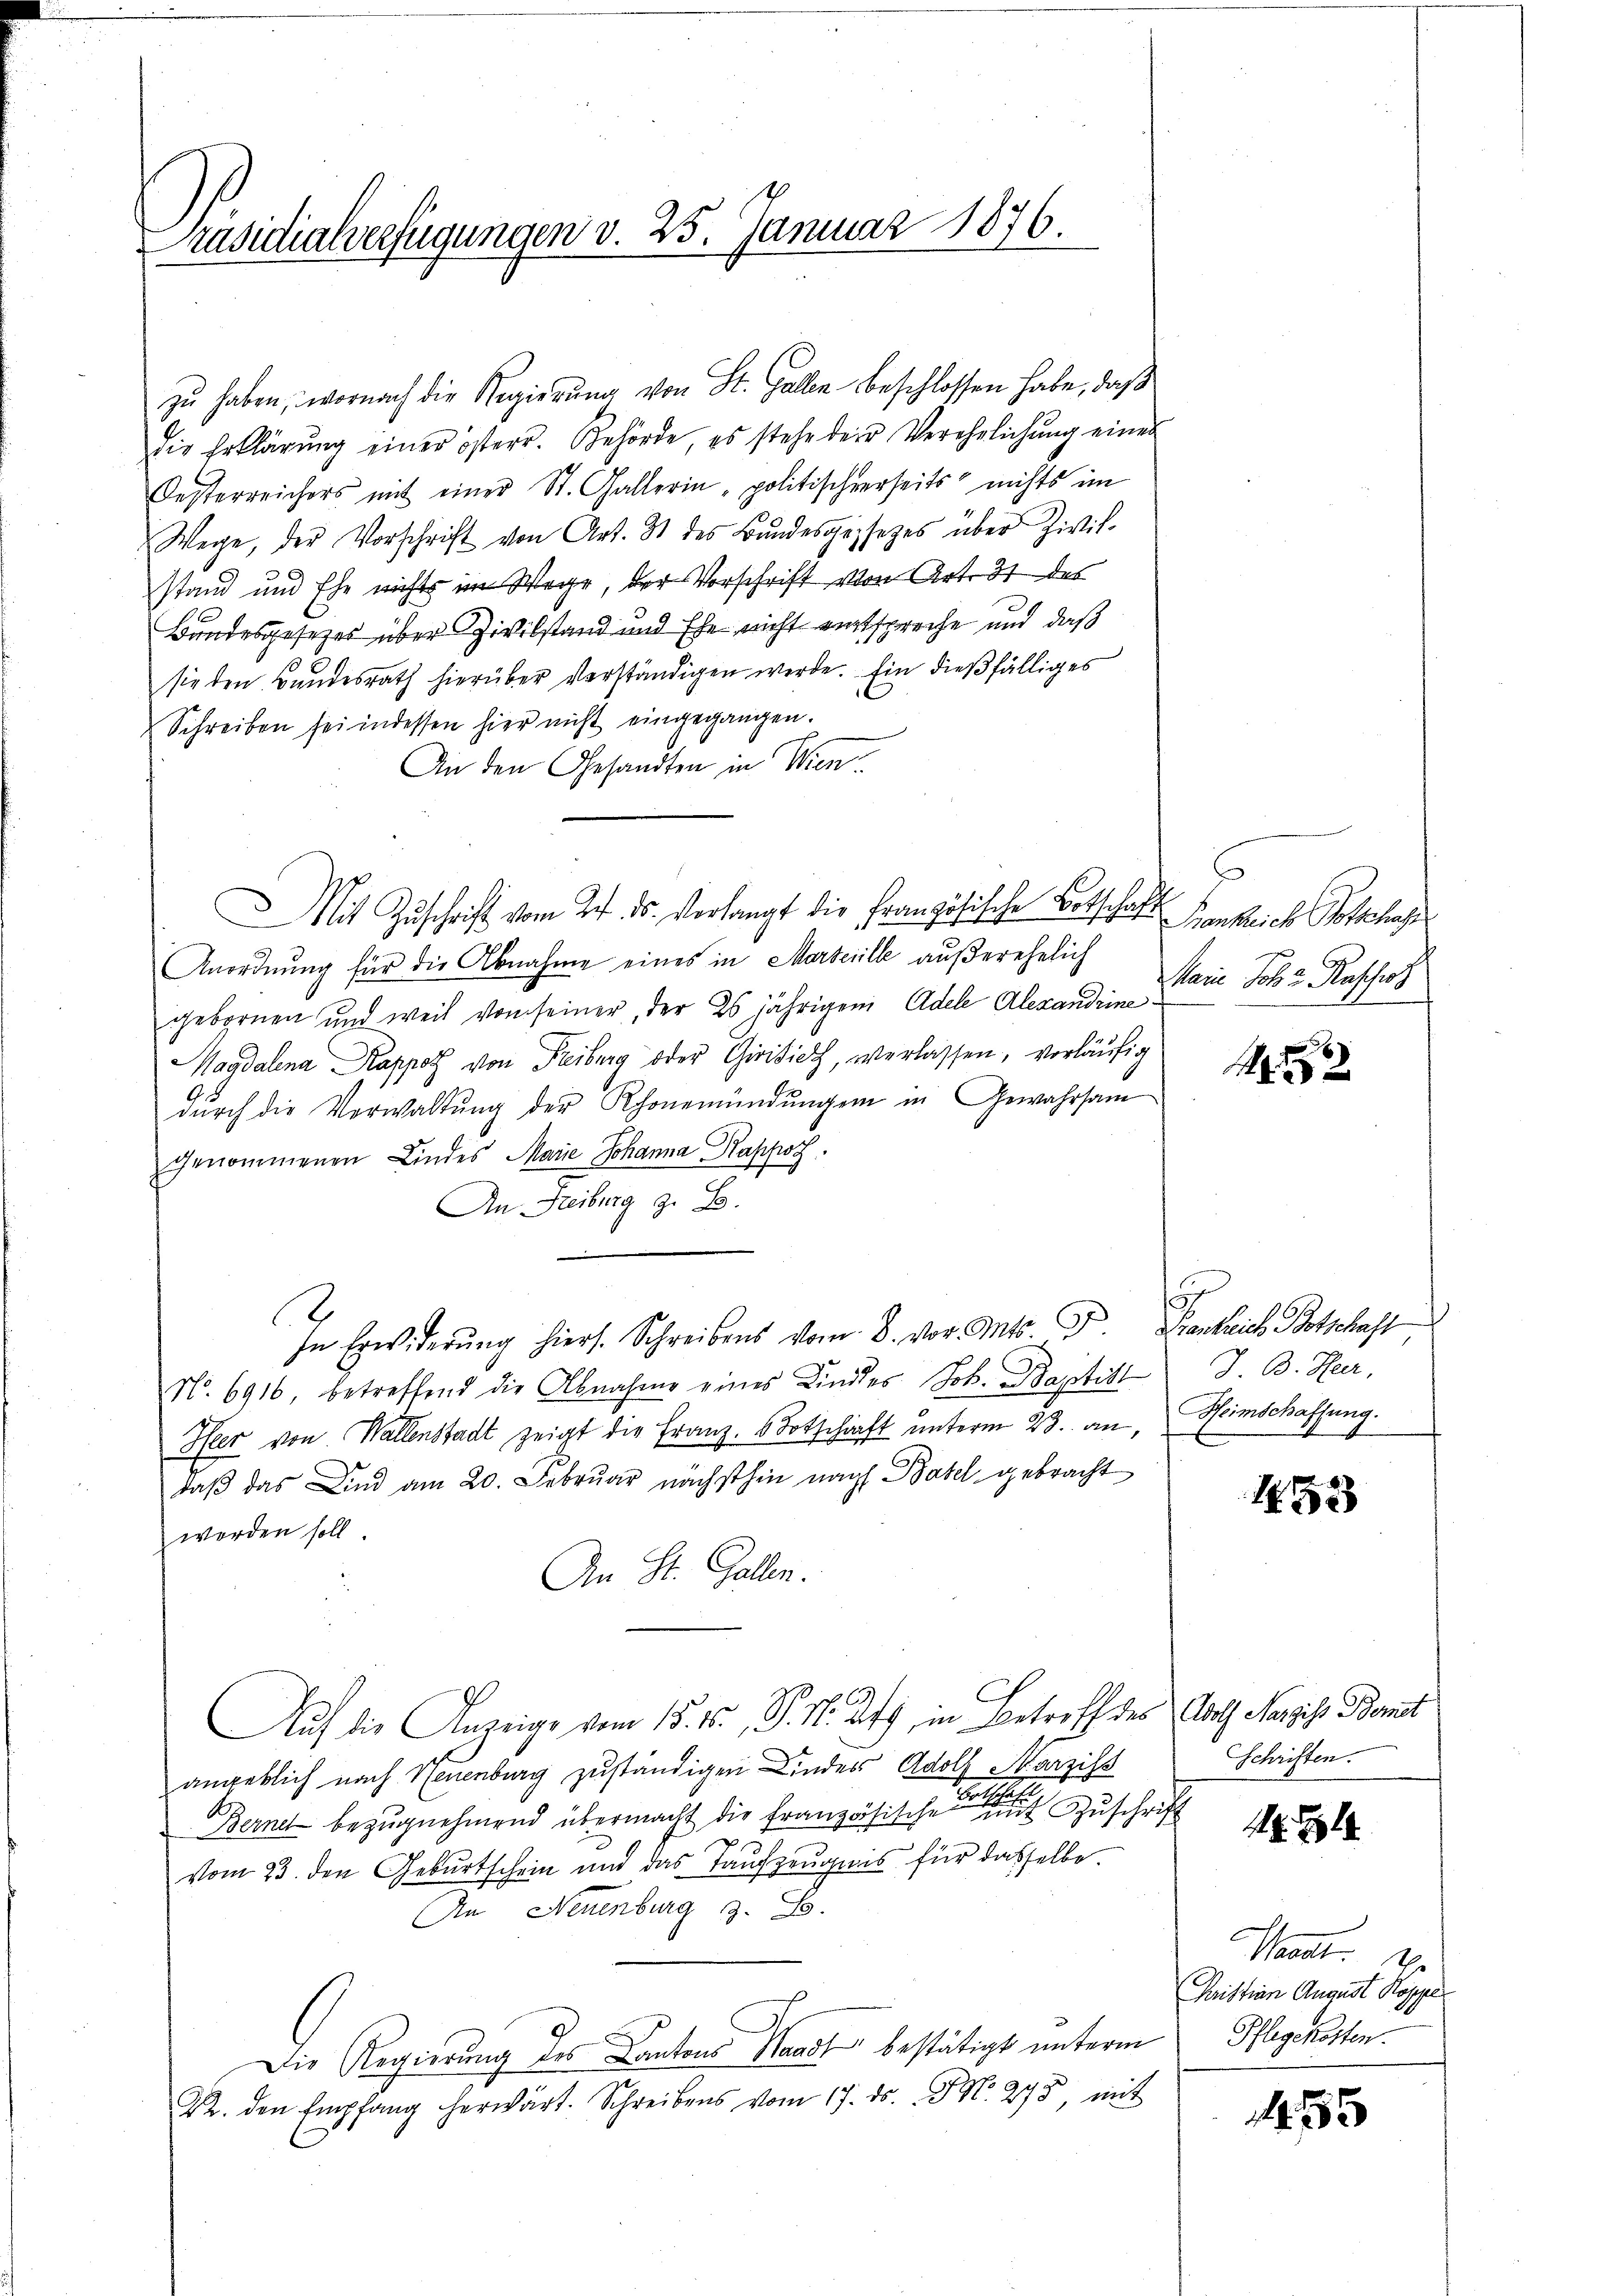
Präsidialverfügungen v. 25. Januar 1876.

zu haben, wornach die Regierung von St. Gallen beschlossen habe, daß
die Erklärung einer österr. Behörde, es stehe der Verehelichung einer
Oesterreichers mit einer St. Gallerin-politischerseits nichts im
Wege, der Vorschrift von Art. 8 des Bundesgesezes über Zivil-
stand und Ehe nichts im Wege, der Vorschrift von Art. 31 des
Bundesgesetzes über Zivilstand und Ehe nicht entspreche und daß
sie den Bundesrath hierüber verständigen werde. Ein dießfälliges
Schreiben sei indessen hier nicht eingegangen.
An den Gesandten in Wien
Mit Zŭschrift vom 24. ds. verlangt die Französische Botschaft
Anordnung für die Abnahme eines in Marsenille außerehelich
gebornen und weil von seiner, der 25 jährigem Adele Alexandrine
Magdalena Kappot von Freiburg oder Giridich, verlassen, vorläufig
dŭrch die Verwaltŭng der Rhonemündŭngen in Gewahrsam
genommenen Lindes Marie Johanna Kappos.
An Freiburg z. B.
In Erwiderŭng hiers. Schreibens vom 8. vor. Mts. Z. Gantriebe Botschaft
No. 6916, betreffend die Abnahme eines Kindes Joh. Baptist
Iler von Wallenstadt zeigt die Franz. 6 Totschaft unterm 23. an,
daß das Kind am 20. Februar nächsthin nach Basel gebracht
worden soll.
An St. Gallen.
Auf die Anzeige vom 15. 15, S. 11. Aty, in Betreff des Rath Nazzis Bonit
angeblich nach Neuenburg zuständigen Kinders Adolf Marziss
Berne bezugnehmend übermacht die französische eine Zuschrift
vom 23. den Geburtschein und das Taufzeugnis für dasselbe
An Neuenburg z. B.
Die Regierung des Cantons Waadt bestätigt unterm
22. den Empfang herwärt. Schreibens vom 17. ds. No. 275, mit

Frankreich Potschaf
Main Joh. v. Raschich

J. B. Her
Heimschaffung.

1453

Schriften.

Mamt. De
Quistian August Koppel
Pflegekosten.

155